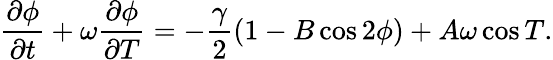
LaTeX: \frac{\partial\phi}{\partial t}+\omega\frac{\partial\phi}{\partial T}=-\frac{\gamma}{2}(1-B\cos 2\phi)+A\omega\cos T.